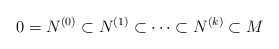
\begin{align*}0 = N^{(0)}\subset N^{(1)} \subset \cdots \subset N^{(k)} \subset M\end{align*}